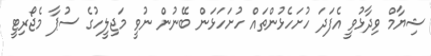
ޝިޔާމް ވިދާޅުވީ އެފަދަ ހުށަހެޅުންތައް ހުށަހަޅަން ބޭނުން ނުވީ މަޖިލީހުގެ ސުޕާ މެޖޯރިޓީ